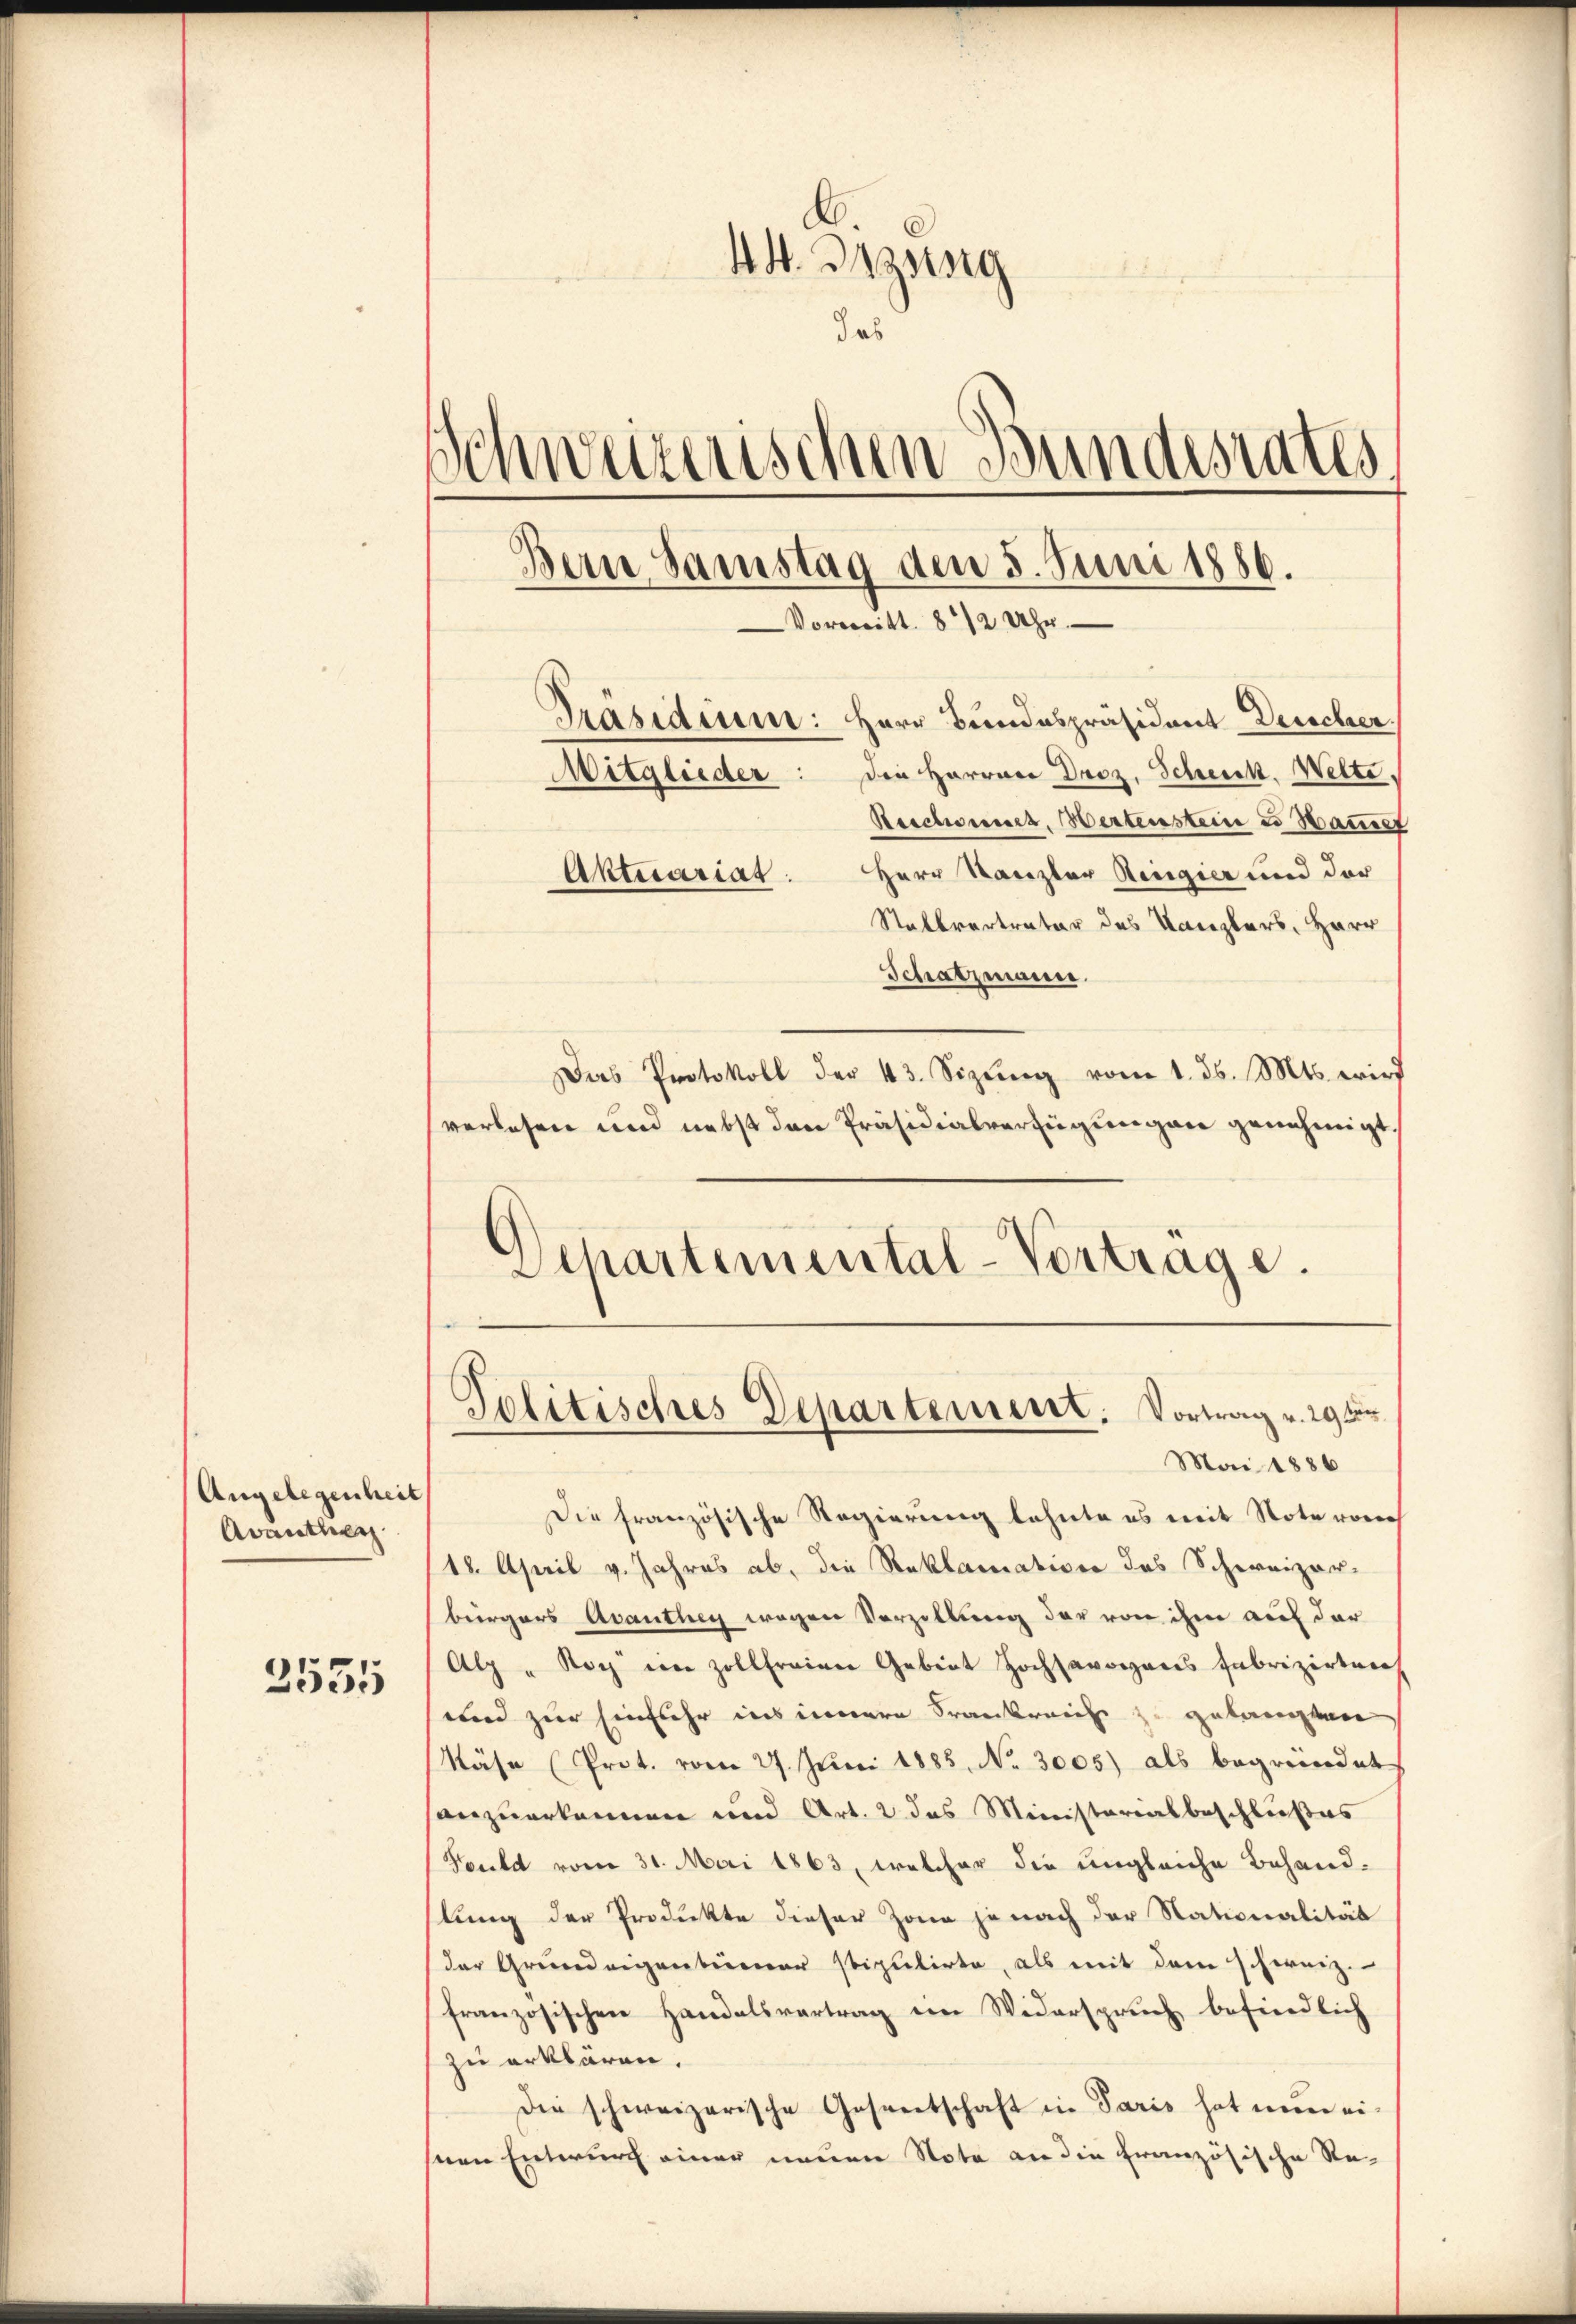
Angelegenheit
Avauther

2535

44. Irzsteig
das
Schweizerischen Bundesrates
d
Bern Samstag den 5. Juni 1886.
Vorweitt. 8 1/2 Uhr
Präsidium: Herr Bundespräsident Derecher.
Mitglieder: Die Herrner Droz. Scheick. Welte.
Reichemich, Wertenstein 2 Hauset
Herr Kanzler Regier und der
Aktuariat.
Stakbvertrator des Kanzlers, Herr
Schatzmanne.

Das Protokoll der 43. Sizŭng vom 1. ds. Mts. wird
verlesen und nebst den Präsidialverfügungen genehmigt.
Schartemental-Vortrage.

Politisches Departement. Vortrag v. 29 ten
Mai 1886

Die französische Regierung lehnte es mit Note von
18. April v. Jahres ab, die Reklamation des Schweizer-
bürgers Avanthey wegen Vorzillung der von ihm auf der
Alp " Noch im Zollfreien Gebiet Hochsavoyens Fabrizirten
und zur Einfuhr ins innere Frankreiche zu gelangten
Näse Prot. vom 27. Juni 1885, No. 3005) als begründet
anzuerkennen und Art. 2 das Ministerialbeschlußes
Fould vom 31. Mai 1863, welcher die ungleiche Behandslung der Produkte dieser Zone je nach der Stationalität
der Grundeigentümer stipulirte, als mit dem schweiz.
französischen Handelsvertrag ein Widerspruch befindlich
zu erklären.
Die schweizerische Gesentschaft in Paris hat nun eisnen Entwurf einer neuen Nota an die französische Re-